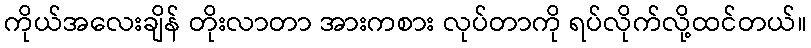
ကိုယ်အလေးချိန် တိုးလာတာ အားကစား လုပ်တာကို ရပ်လိုက်လို့ထင်တယ်။